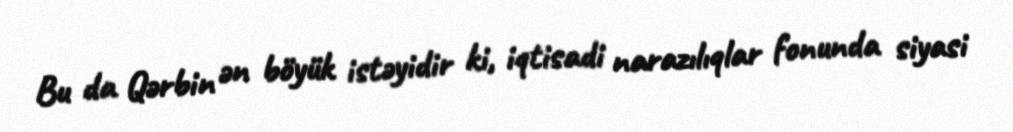
Bu da Qərbin ən böyük istəyidir ki, iqtisadi narazılıqlar fonunda siyasi